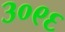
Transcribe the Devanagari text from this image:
३०९६